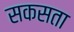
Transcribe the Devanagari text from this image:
सकसता